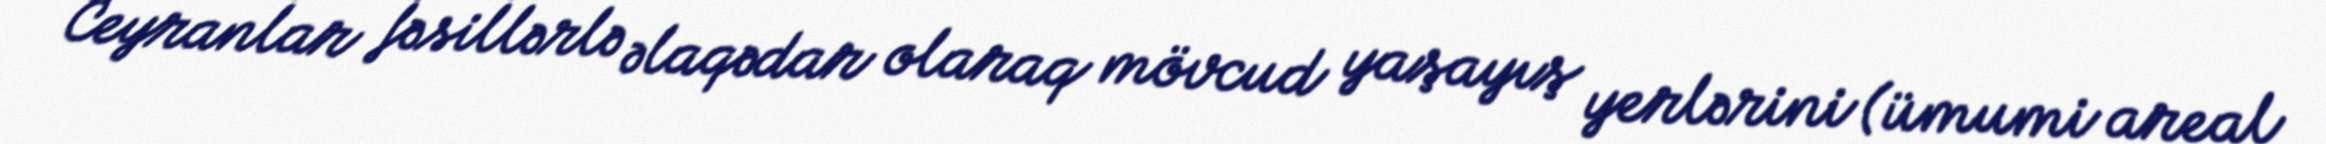
Ceyranlar fəsillərlə əlaqədar olaraq mövcud yaşayış yerlərini (ümumi areal